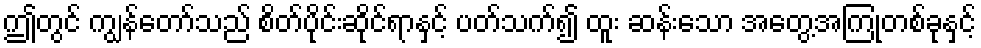
ဤတွင် ကျွန်တော်သည် စိတ်ပိုင်းဆိုင်ရာနှင့် ပတ်သက်၍ ထူး ဆန်းသော အတွေ့အကြုံတစ်ခုနှင့်